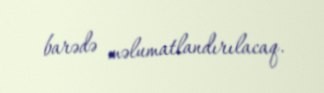
barədə məlumatlandırılacaq.